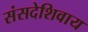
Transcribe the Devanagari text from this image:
संसदेशिवाय